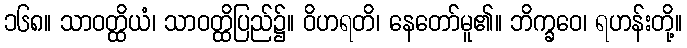
၁၆၈။ သာဝတ္ထိယံ၊ သာဝတ္ထိပြည်၌။ ဝိဟရတိ၊ နေတော်မူ၏။ ဘိက္ခဝေ၊ ရဟန်းတို့။